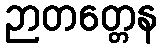
ဉာတတ္တေန